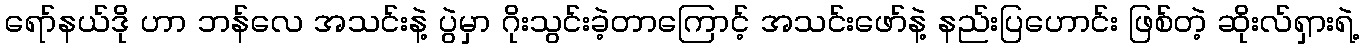
ရော်နယ်ဒို ဟာ ဘန်လေ အသင်းနဲ့ ပွဲမှာ ဂိုးသွင်းခဲ့တာကြောင့် အသင်းဖော်နဲ့ နည်းပြဟောင်း ဖြစ်တဲ့ ဆိုးလ်ရှားရဲ့